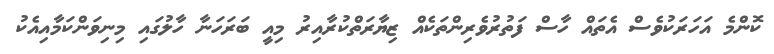
ކޮންމެ އަހަރަކުވެސް އެތައް ހާސް ފަތުރުވެރިންތަކެއް ޒިޔާރަތްކުރާއިރު މިއީ ބަރަހަނާ ހާލުގައި މިނިވަންކަމާއިއެކު